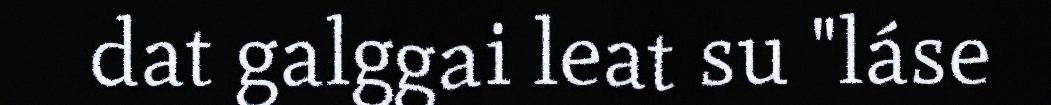
dat galggai leat su "láse